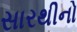
સારથીનો